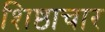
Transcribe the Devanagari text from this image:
शिष्ठाचार